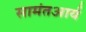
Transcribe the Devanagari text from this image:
सामंतआर्य